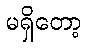
မရှိတော့